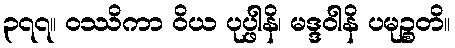
၃၇၇။ ဝဿိကာ ဝိယ ပုပ္ဖါနိ၊ မဒ္ဒဝါနိ ပမုဉ္စတိ။